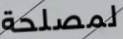
لمصلحة